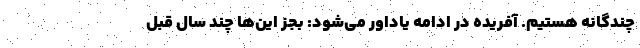
چندگانه هستیم. آفریده در ادامه یاداور می‌شود: بجز این‌ها چند سال قبل